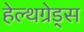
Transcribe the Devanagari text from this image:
हेल्थग्रेड्स